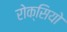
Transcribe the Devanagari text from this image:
रोक्सियो